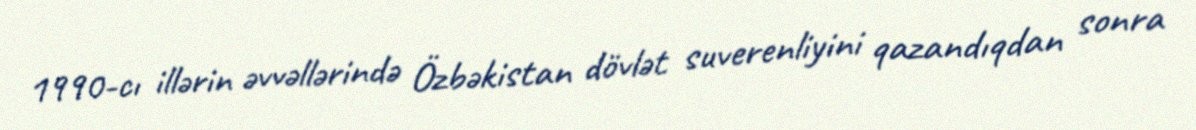
1990-cı illərin əvvəllərində Özbəkistan dövlət suverenliyini qazandıqdan sonra